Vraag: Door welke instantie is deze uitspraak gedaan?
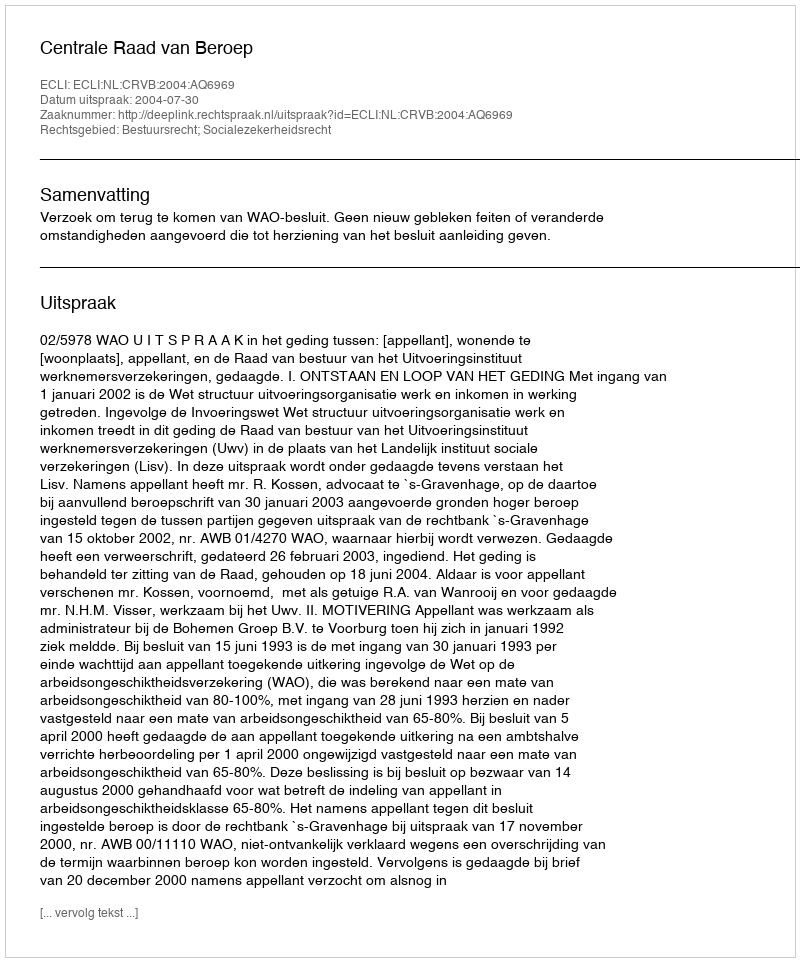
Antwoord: Centrale Raad van Beroep